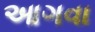
આગવા